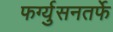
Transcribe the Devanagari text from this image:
फर्ग्युसनतर्फे